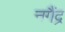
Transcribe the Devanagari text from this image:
नगैंद्र